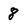
Character: 8